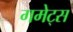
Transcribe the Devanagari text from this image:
गमेट्स